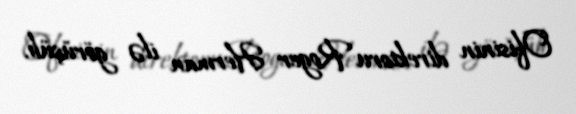
Ofisinin direktoru Roger Herman ilə görüşüb.